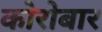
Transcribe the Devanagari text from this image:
कोरोबार